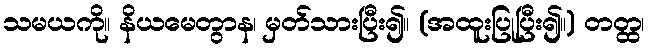
သမယကို။ နိယမေတွာန၊ မှတ်သားပြီး၍။ (အထူးပြုပြီး၍။) တတ္ထ၊